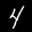
Label: 4